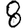
Digit: 8